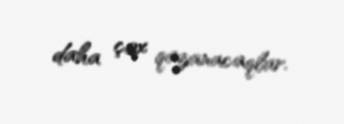
daha çox qazanacaqlar.